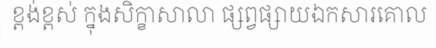
ខ្ពង់ខ្ពស់ ក្នុងសិក្ខាសាលា ផ្សព្វផ្សាយឯកសារគោល